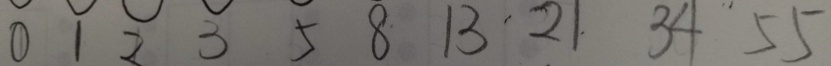
0 1 2 3 5 8 1 3 2 1 3 4 5 5